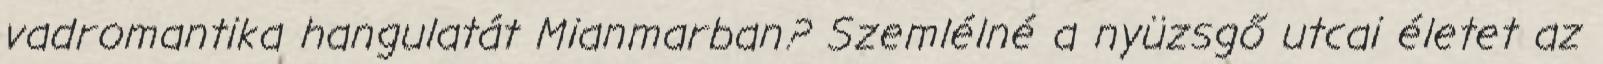
vadromantika hangulatát Mianmarban? Szemlélné a nyüzsgő utcai életet az